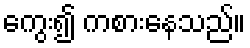
ကွေး၍ ကစားနေသည်။